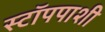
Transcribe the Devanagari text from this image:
स्टॉपपाशी